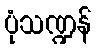
ပုံသဏ္ဍန်